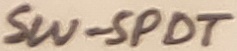
Text: SW-SPDT